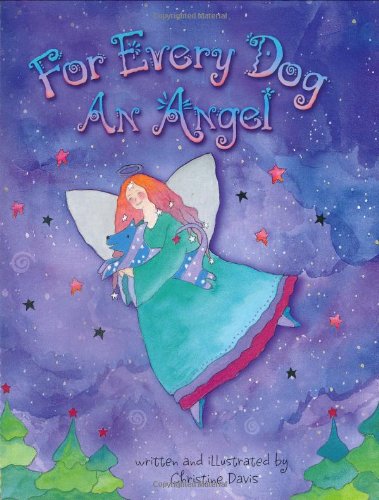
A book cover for For Every Dog an Angel; Christine Davis; Crafts, Hobbies & Home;